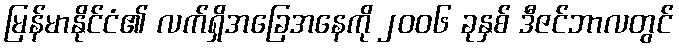
မြန်မာနိုင်ငံ၏ လက်ရှိအခြေအနေကို ၂၀၀၆ ခုနှစ် ဒီဇင်ဘာလတွင်